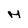
Character: M